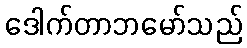
ဒေါက်တာဘမော်သည်